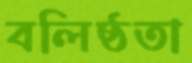
বলিষ্ঠতা